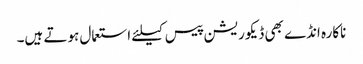
ناکارہ انڈے بھی ڈیکوریشن پیس کیلئے استعمال ہوتے ہیں۔